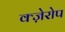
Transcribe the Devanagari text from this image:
क्ज़ेरोप